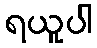
ရယူပါ